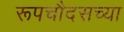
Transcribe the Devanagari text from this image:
रूपचौदसच्या